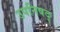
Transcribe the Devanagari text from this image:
उपनिषद्‍